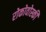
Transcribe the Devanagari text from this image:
रोकोवोस्की